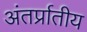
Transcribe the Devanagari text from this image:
अंतर्प्रातीय